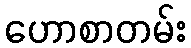
ဟောစာတမ်း